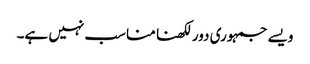
ویسے جمہوری دور لکھنا مناسب نہیں ہے۔